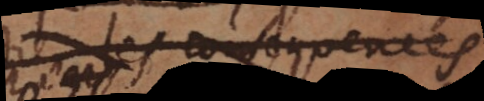
les consequences